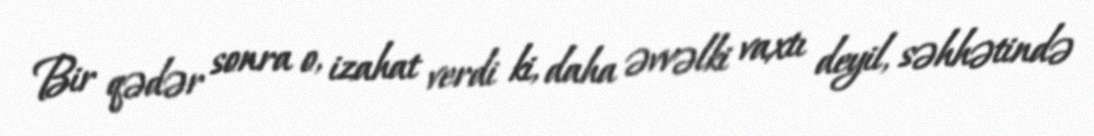
Bir qədər sonra o, izahat verdi ki, daha əvvəlki vaxtı deyil, səhhətində